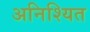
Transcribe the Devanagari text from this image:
अनिश्यित